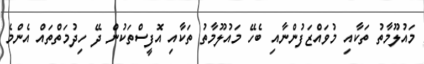
މައުލޫމާތު ތަކާއި މުވައްޒަފުންނާއި ބެހޭ މައުލޫމާތު ތަކާއި އޮފީސްތަކުން ދޭ ހިދުމަތްތައް އެންމެ